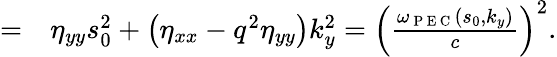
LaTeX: \begin{array}{rl}{=}&{{}\eta_{yy}s_{0}^{2}+\left(\eta_{xx}-q^{2}\eta_{yy}\right)k_{y}^{2}=\left(\frac{\omega_{\mathrm{~P~E~C~}}\left(s_{0},k_{y}\right)}{c}\right)^{2}.}\end{array}